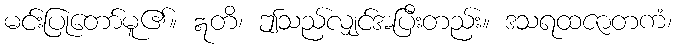
မင်းပြုတော်မူ၏။ ဣတိ၊ ဤသည်လျှင်အပြီးတည်း။ ဒသရထဇာတကံ၊